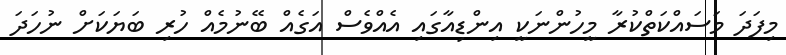
މިފަދަ މަސައްކަތްކުރާ މީހުންނަކީ އިންޑިއާގައި އެއްވެސް އަގެއް ބޭނުމެއް ހުރި ބަޔަކަށް ނުހަދަ